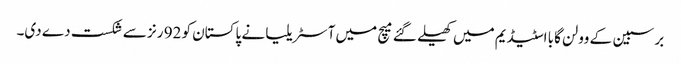
برسبین کے وولن گابا اسٹیڈیم میں کھیلے گئے میچ میں آسٹریلیا نے پاکستان کو 92 رنز سے شکست دے دی۔